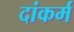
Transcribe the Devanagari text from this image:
दांकर्म